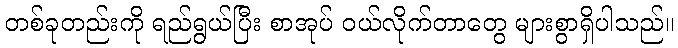
တစ်ခုတည်းကို ရည်ရွယ်ပြီး စာအုပ် ဝယ်လိုက်တာတွေ များစွာရှိပါသည်။